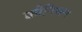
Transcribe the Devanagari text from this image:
क्वीनियन